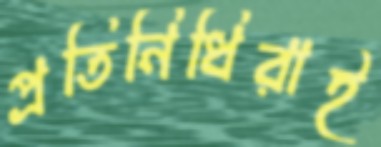
প্রতিনিধিরাই